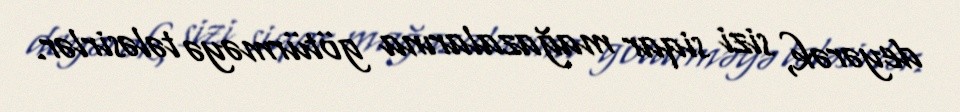
deyərək, sizi siqar mağazalarına götürməyə tələsirlər.